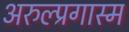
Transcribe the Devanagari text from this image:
अरुल्प्रगास्म